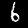
Digit: 6